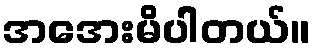
အအေးမိပါတယ်။